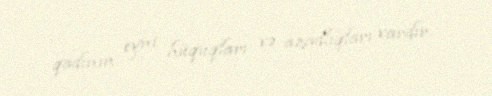
qadının eyni hüquqları və azadlıqları vardır.